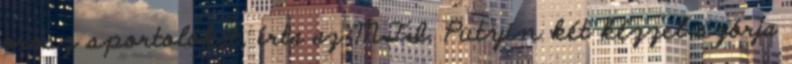
orosz sportolókat, írta az MTI. Putyin két kézzel szórja